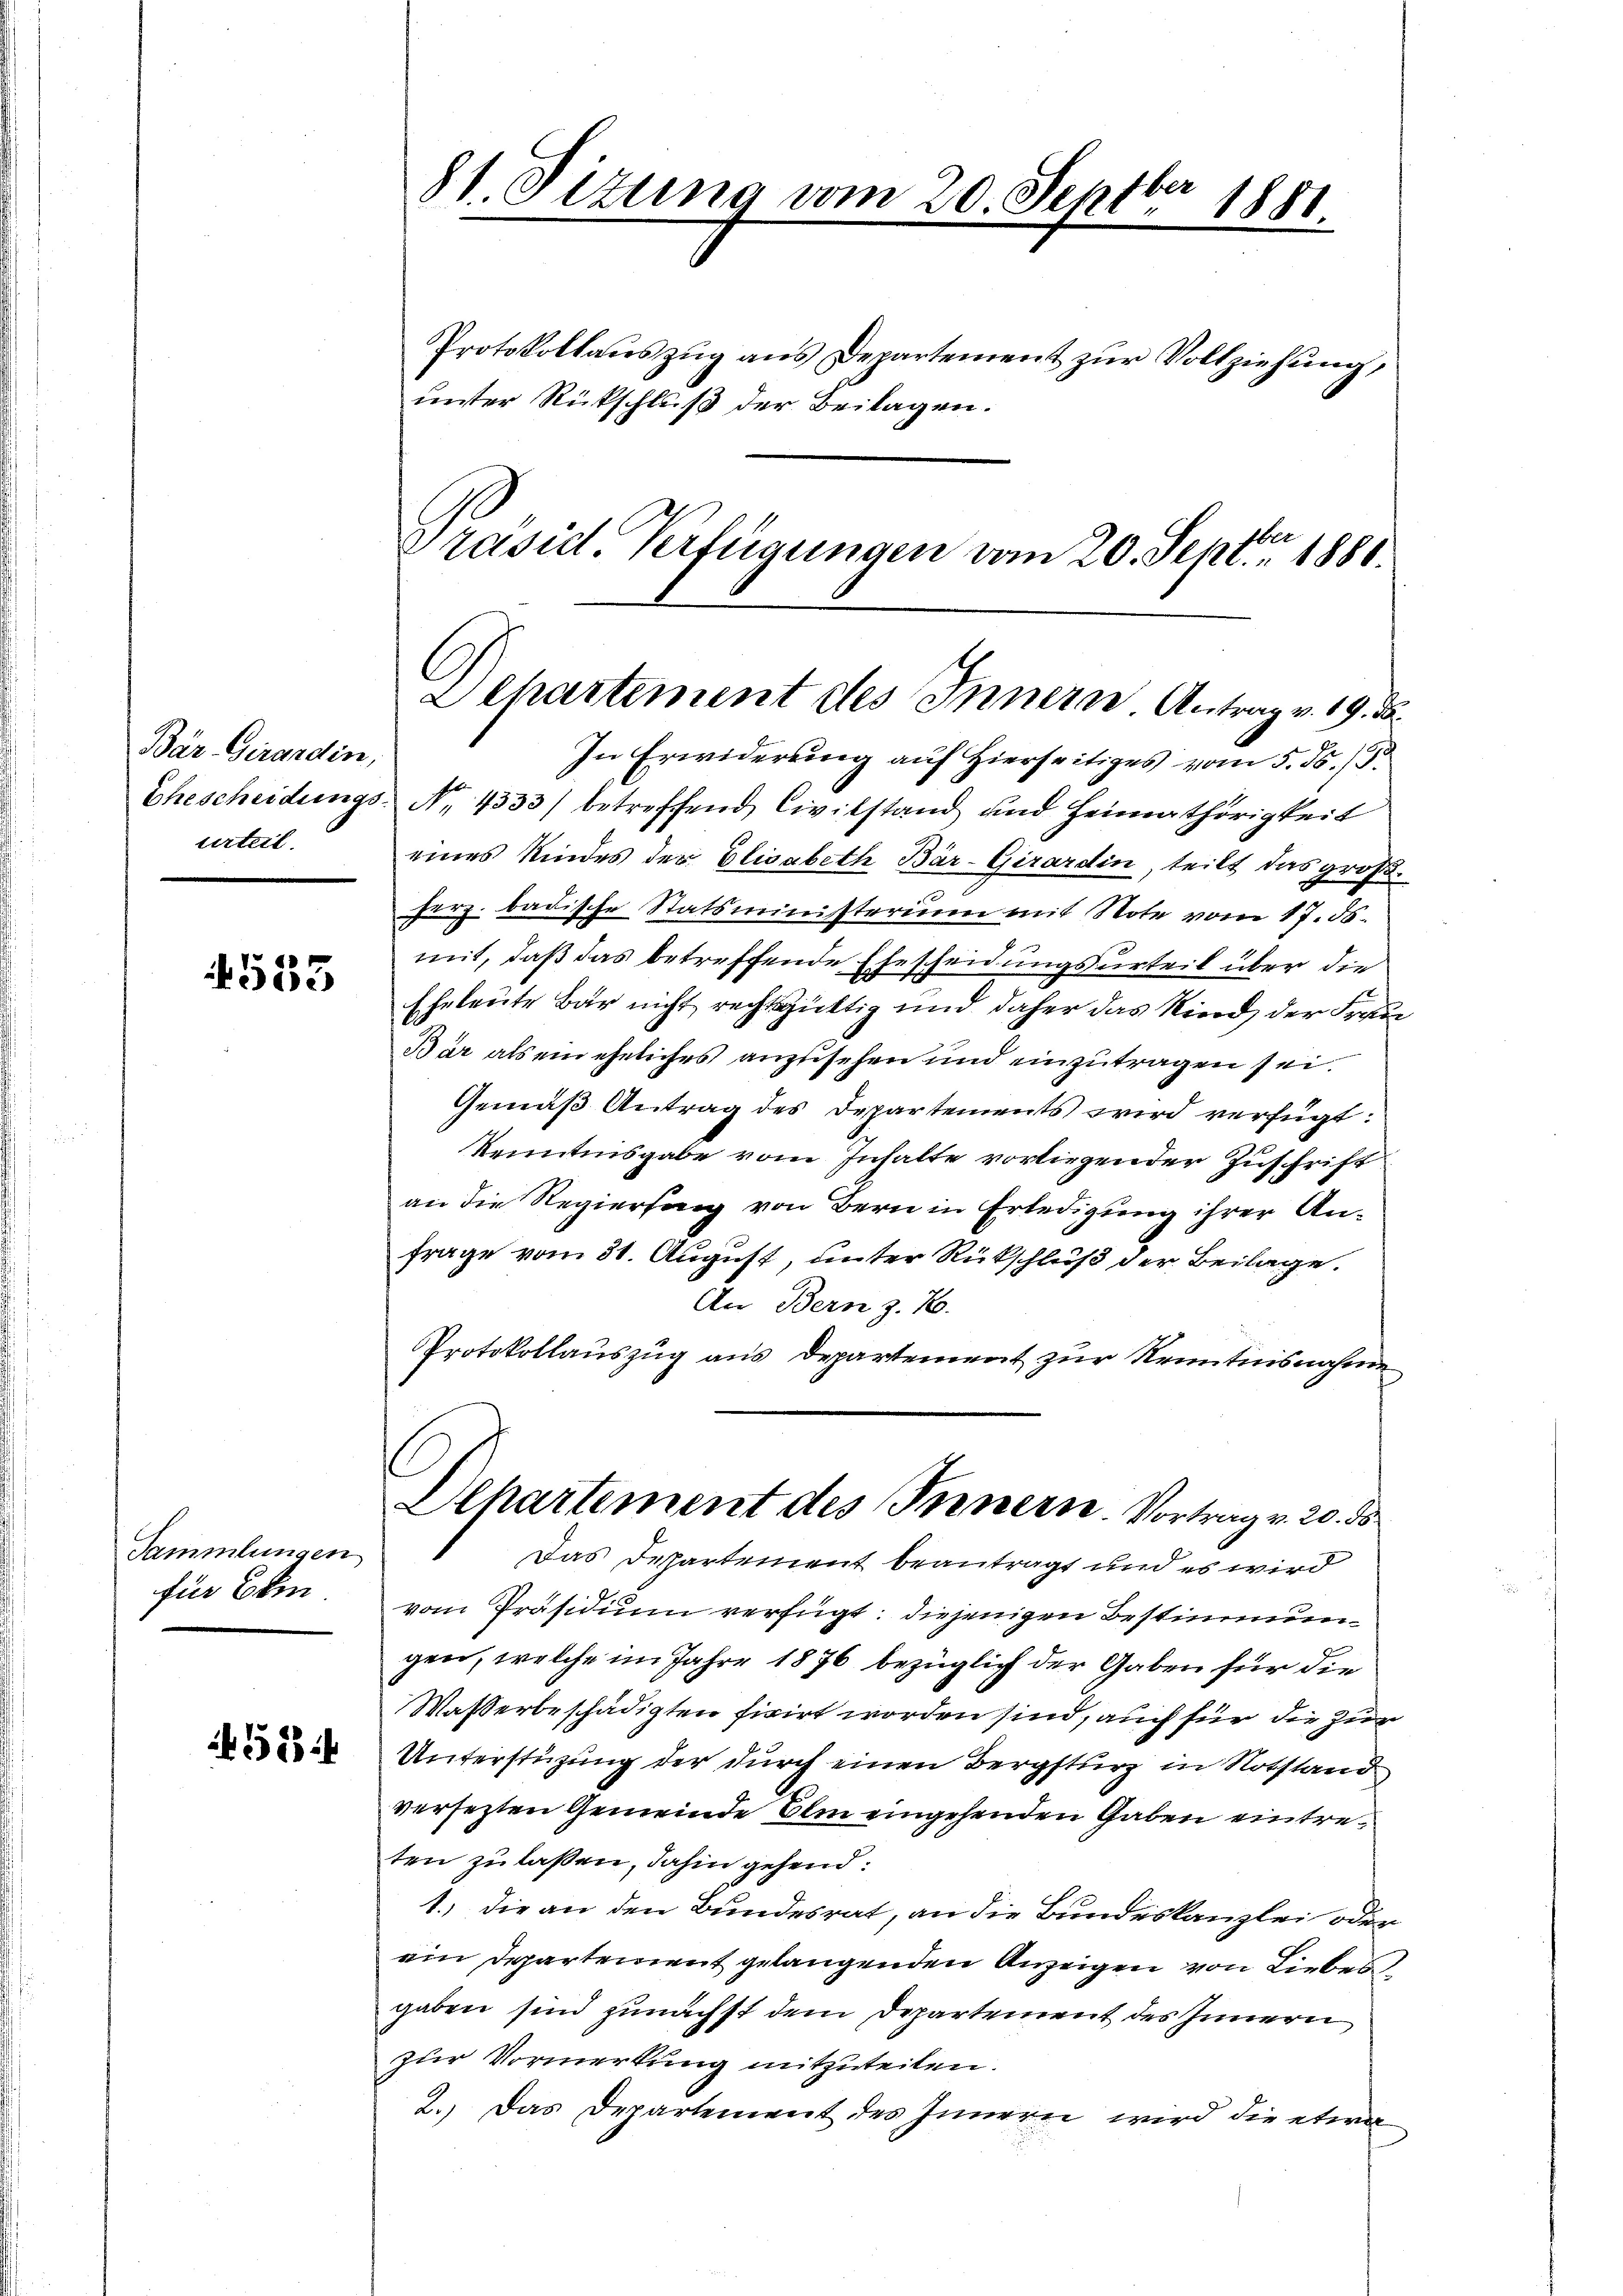
Bär Girardin,
urteil.

533

Sammlungen
für Bein.

5

81. Sizung vom 20. Septbr 1881.

Protokollaŭszŭg ans Departement zŭr Vollziehung,
unter Rückschluß der Beilagen.
Präsid. Verfügungen vom 20. Sept. 1880.

Dehartement des Innern Antrag v. 19. d.

In Erwiderung auf Hierseitiges vom 5. d. 13.
Ehescheidungs- No. 4333) betreffend Civilstand und Heimathörigkeit
eines Kindes der Elisabeth Bár-Girardin, teilt das großherz. badische Statsministerium mit Note vom 17. ds.
mit, daß das betreffende Ehescheidungsurteil über die
Eheleute Bar nicht rechtsgüttig und daher das Kind, der Frau
Bär als ein eheliches anzusehen und einzutragen sei.
Gemäß Antrag des Departements wird verfügt:
Kenntnisgabe vom Inhalte vorliegender Zuschrift
an die Regierung von Bern in Erledigung ihrer Anfrage vom 31. August, unter Rückschluß der Beilage.
An Bern z. B.
Protokollauszug aus Departement zur Kenntnisnahme
Dlhartement des Innern. Vortrag v. 20. ds
Das Departement beantragt und es wird
vom Präsidium verfügt: diejenigen Bestimmungen, welche im Jahre 1876 bezüglich der Gaben für die
Waßerbeschädigten fixirt worden sind, auch für die zur
Unterstüzung der durch einen Bergsturz in Notstand
versezten Gemeinde Ihm eingehenden Gaben eintreten zu laßen, dahin gehend:
1.) Die an den Bundesrat, an die Bundeskanzlei oder
ein Departement gelangenden Anzeigen von Liebes
gaben sind zunächst dem Departement des Innern
zur Vormerkung mitzuteilen.
2.) Das Departement des Innern wird die etwa